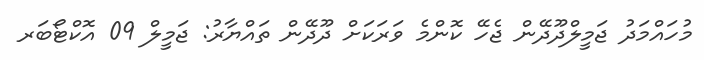
މުހައްމަދު ޖަމީލްދޫދޭން ޖެހޭ ކޮންމެ ވަރަކަށް ދޫދޭން ތައްޔާރު: ޖަމީލް 09 އޮކްޓޯބަރ